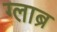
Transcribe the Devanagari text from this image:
ग्लाब्र